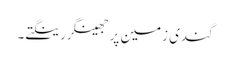
گندی زمین پر جھینگر رینگتے۔